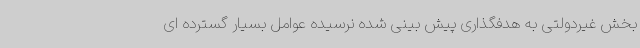
بخش غیردولتی به هدفگذاری پیش بینی شده نرسیده عوامل بسیار گسترده ای